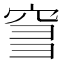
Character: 𥥨